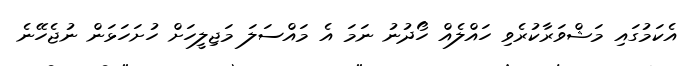
އެކަމުގައި މަޝްވަރާކުރެވި ހައްލެއް ހޯދުނު ނަމަ އެ މައްސަލަ މަޖިލީހަށް ހުށަހަޅަން ނުޖެހޭނެ